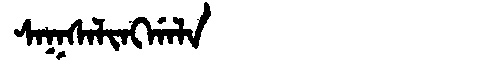
Manchu: ᠰᠠᡴᠰᠠᠯᡳᠩᡤᠠᠯᠠ
Romanization: SAKSALINGGALA